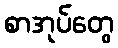
စာအုပ်တွေ